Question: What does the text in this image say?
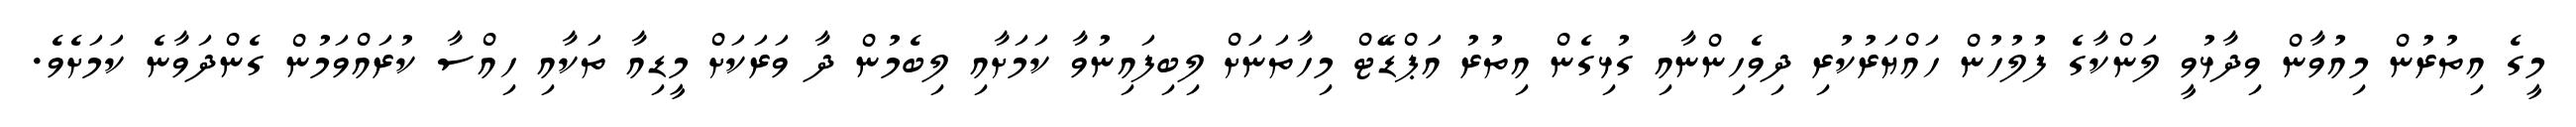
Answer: މީގެ އިތުރުން މިއުވާން ވިދާޅުވީ ލަންކާގެ ފުލުހުން ހައްޔަރުކުރި ދިވެހިންނާއި ގުޅިގެން އިތުރު އަޕްޑޭޓް މިހާތަނަށް ލިބިފައިނުވާ ކަމަށާއި ލިބެމުން ދާ ވަރަކަށް މީޑިއާ ތަކާއި ހިއްސާ ކުރައްވަމުން ގެންދަވާނެ ކަމަށެވެ.